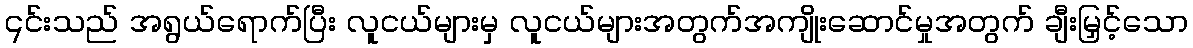
၎င်းသည် အရွယ်ရောက်ပြီး လူငယ်များမှ လူငယ်များအတွက်အကျိုးဆောင်မှုအတွက် ချီးမြှင့်သော